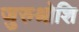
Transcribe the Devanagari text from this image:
जुरुश्रोशि